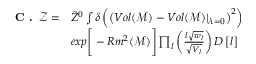
\begin{array} { r l } { \textbf { C . } \, \mathcal { Z } = } & { \tilde { Z } ^ { 0 } \int \delta \left( \left( V o l ( \mathcal { M } ) - V o l ( \mathcal { M } ) \vert _ { \lambda = 0 } \right) ^ { 2 } \right) } \\ & { e x p \Bigg [ - R m ^ { 2 } ( \mathcal { M } ) \Bigg ] \prod _ { l } \left( \frac { l \sqrt { w _ { l } } } { \sqrt { V _ { l } } } \right) D \left[ l \right] } \end{array}